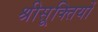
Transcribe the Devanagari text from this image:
श्रीसूक्तियों